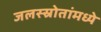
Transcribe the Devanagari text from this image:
जलस्स्रोतांमध्ये